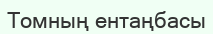
Томның ентаңбасы